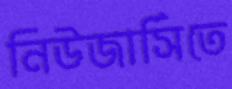
নিউজার্সিতে